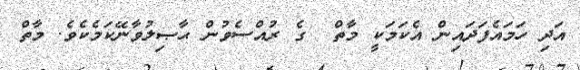
އަދި ހަމައެފަދައިން އެކަމަކީ މާތް  ގެ ރުއްސެވުން ޙާޞިލުވާނޭކަމެކެވެ. މާތް